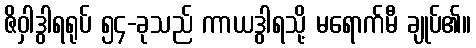
ဇိဝှါဒွါရရုပ် ၅၄-ခုသည် ကာယဒွါရသို့ မရောက်မီ ချုပ်၏။